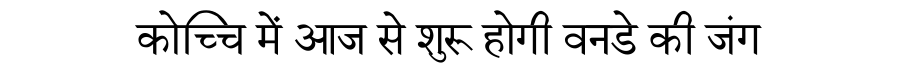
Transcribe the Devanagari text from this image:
कोच्चि में आज से शुरू होगी वनडे की जंग